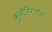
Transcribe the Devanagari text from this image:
कुओमिंगतांग